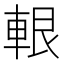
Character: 𨋨